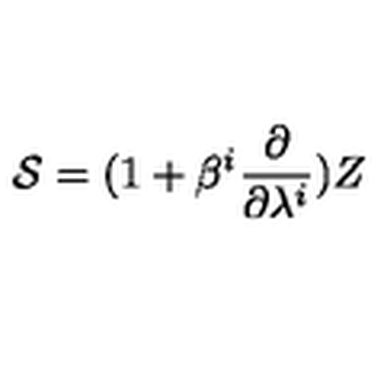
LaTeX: { \cal S } = ( 1 + \beta ^ { i } \frac { \partial } { \partial \lambda ^ { i } } ) Z